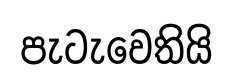
පැටැවෙතියි